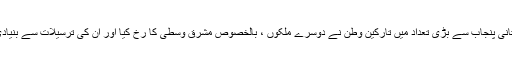
ستر کی دہائی میں ہی پاکستانی پنجاب سے بڑی تعداد میں تارکین وطن نے دوسرے ملکوں ، بالخصوص مشرق وسطیٰ کا رخ کیا اور ان کی ترسیلات سے بنیادی معاشی تبدیلی کا آغاز ہوا۔